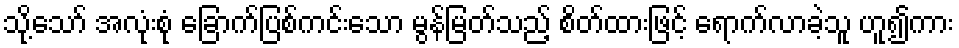
သို့သော် အလုံးစုံ ခြောက်ပြစ်ကင်းသော မွန်မြတ်သည့် စိတ်ထားဖြင့် ရောက်လာခဲ့သူ ဟူ၍ကား